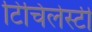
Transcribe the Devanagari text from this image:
टिचिलेस्टी